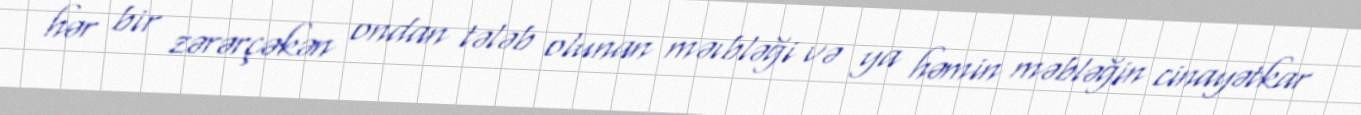
hər bir zərərçəkən ondan tələb olunan məıbləği və ya həmin məbləğin cinayətkar